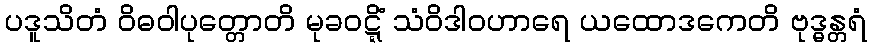
ပဒူသိတံ ဝိဓဝါပုတ္တောတိ မုခဝဋ္ဋိံ သံဝိဒါဝဟာရေ ယထောဒကေတိ ဗုဒ္ဓန္တရံ